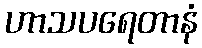
ဟာသပရေတာနံ